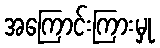
အကြောင်းကြားမှု